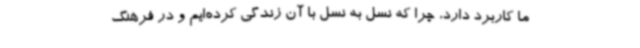
ما کاربرد دارد، چرا که نسل به نسل با آن زندگی کرده‌ایم و در فرهنگ